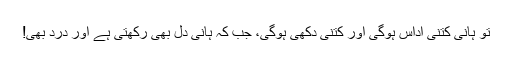
تو ہانی کتنی اداس ہوگی اور کتنی دکھی ہوگی، جب کہ ہانی دل بھی رکھتی ہے اور درد بھی!